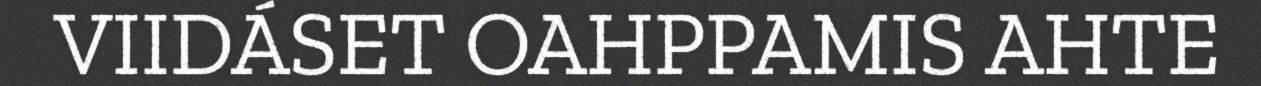
VIIDÁSET OAHPPAMIS AHTE